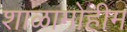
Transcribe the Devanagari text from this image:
शाळामोहीम